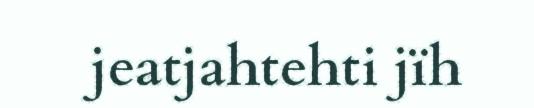
jeatjahtehti jïh